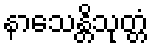
နာသေန္တိသုတ္တံ